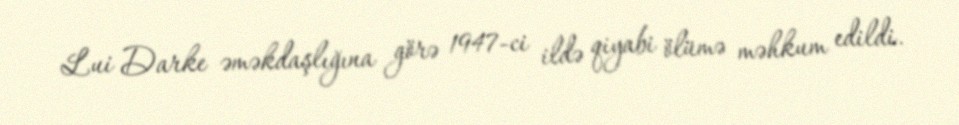
Lui Darke əməkdaşlığına görə 1947-ci ildə qiyabi ölümə məhkum edildi.